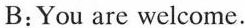
B:You are welcome.